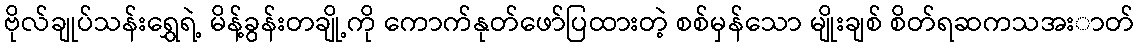
ဗိုလ်ချုပ်သန်းရွှေရဲ့ မိန့်ခွန်းတချို့ကို ကောက်နုတ်ဖော်ပြထားတဲ့ စစ်မှန်သော မျိုးချစ် စိတ်ရဆကသအးာတ်